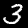
Label: 3